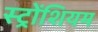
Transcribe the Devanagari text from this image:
स्ट्रोंशियम